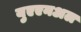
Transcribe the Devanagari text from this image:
युएएनअल